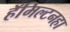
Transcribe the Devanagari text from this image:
हॅमिल्टनहा